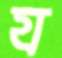
য